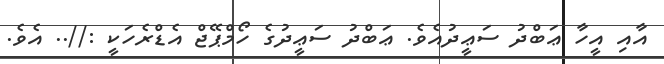
އާއި އީހާ ޢަބްދު ސަޢީދުއެވެ. ޢަބްދު ސަޢީދުގެ ހޯމްޕޭޖް އެޑްރެހަކީ ://.. އެވެ.